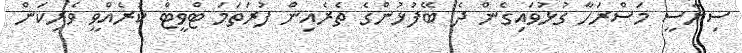
ސިޔާސީ މަސްރަހާ ގުޅުވައިގެން ދެ ބޭފުޅުންގެ ތެރެއިން ފުރަތަމަ ޓްވީޓް ކުރެއްވީ ވެރިކަން